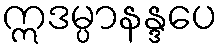
ဣဒမ္ပာနန္ဒပေ